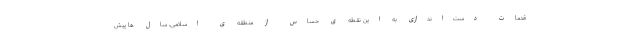
قدّمات دست‌اندازی به این نقطه ی حسّاس از منطقه‌ ی اسلامی، سال ها پیش